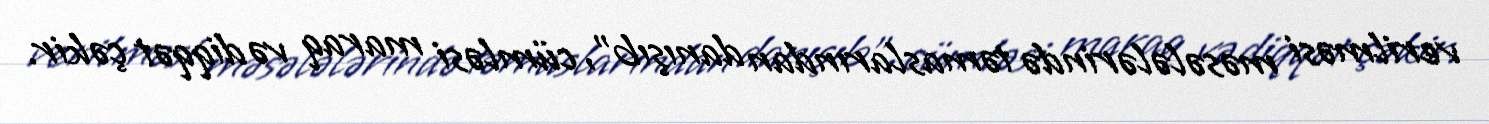
verilməsi məsələlərində təmaslarından danışıb”, cümləsi maraq və diqqət çəkir.